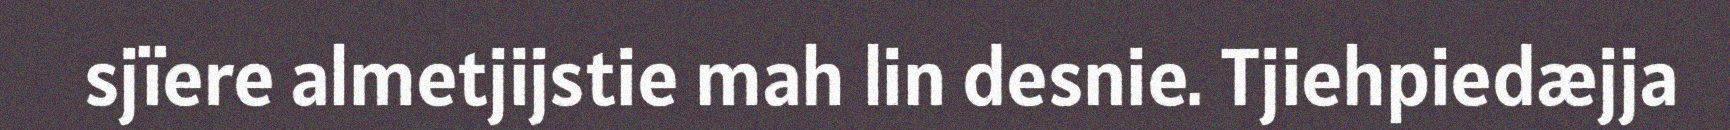
sjïere almetjijstie mah lin desnie. Tjiehpiedæjja